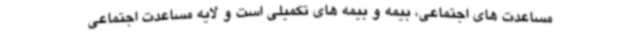
مساعدت های اجتماعی، بیمه و بیمه های تکمیلی است و لایه مساعدت اجتماعی